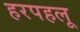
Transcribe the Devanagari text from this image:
हरपहलू